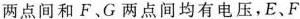
两点间和F、G两点间均有电压，E、F